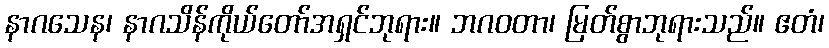
နာဂသေန၊ နာဂသိန်ကိုယ်တော်အရှင်ဘုရား။ ဘဂဝတာ၊ မြတ်စွာဘုရားသည်။ ဧတံ၊